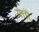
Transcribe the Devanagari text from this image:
येतॊ